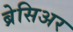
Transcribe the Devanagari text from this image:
ब्रेसिअर